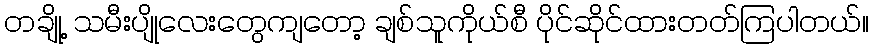
တချို့ သမီးပျိုလေးတွေကျတော့ ချစ်သူကိုယ်စီ ပိုင်ဆိုင်ထားတတ်ကြပါတယ်။